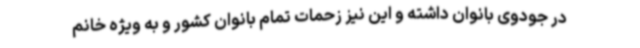
در جودوی بانوان داشته و این نیز زحمات تمام بانوان کشور و به ویژه خانم